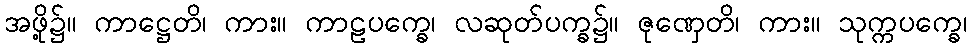
အဖို့၌။ ကာဋ္ဌေတိ၊ ကား။ ကာဠပက္ခေ၊ လဆုတ်ပက္ခ၌။ ဇုဏှေတိ၊ ကား။ သုက္ကပက္ခေ၊